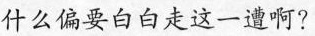
什么偏要白白走这一遭啊?